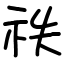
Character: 祑